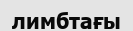
лимбтағы